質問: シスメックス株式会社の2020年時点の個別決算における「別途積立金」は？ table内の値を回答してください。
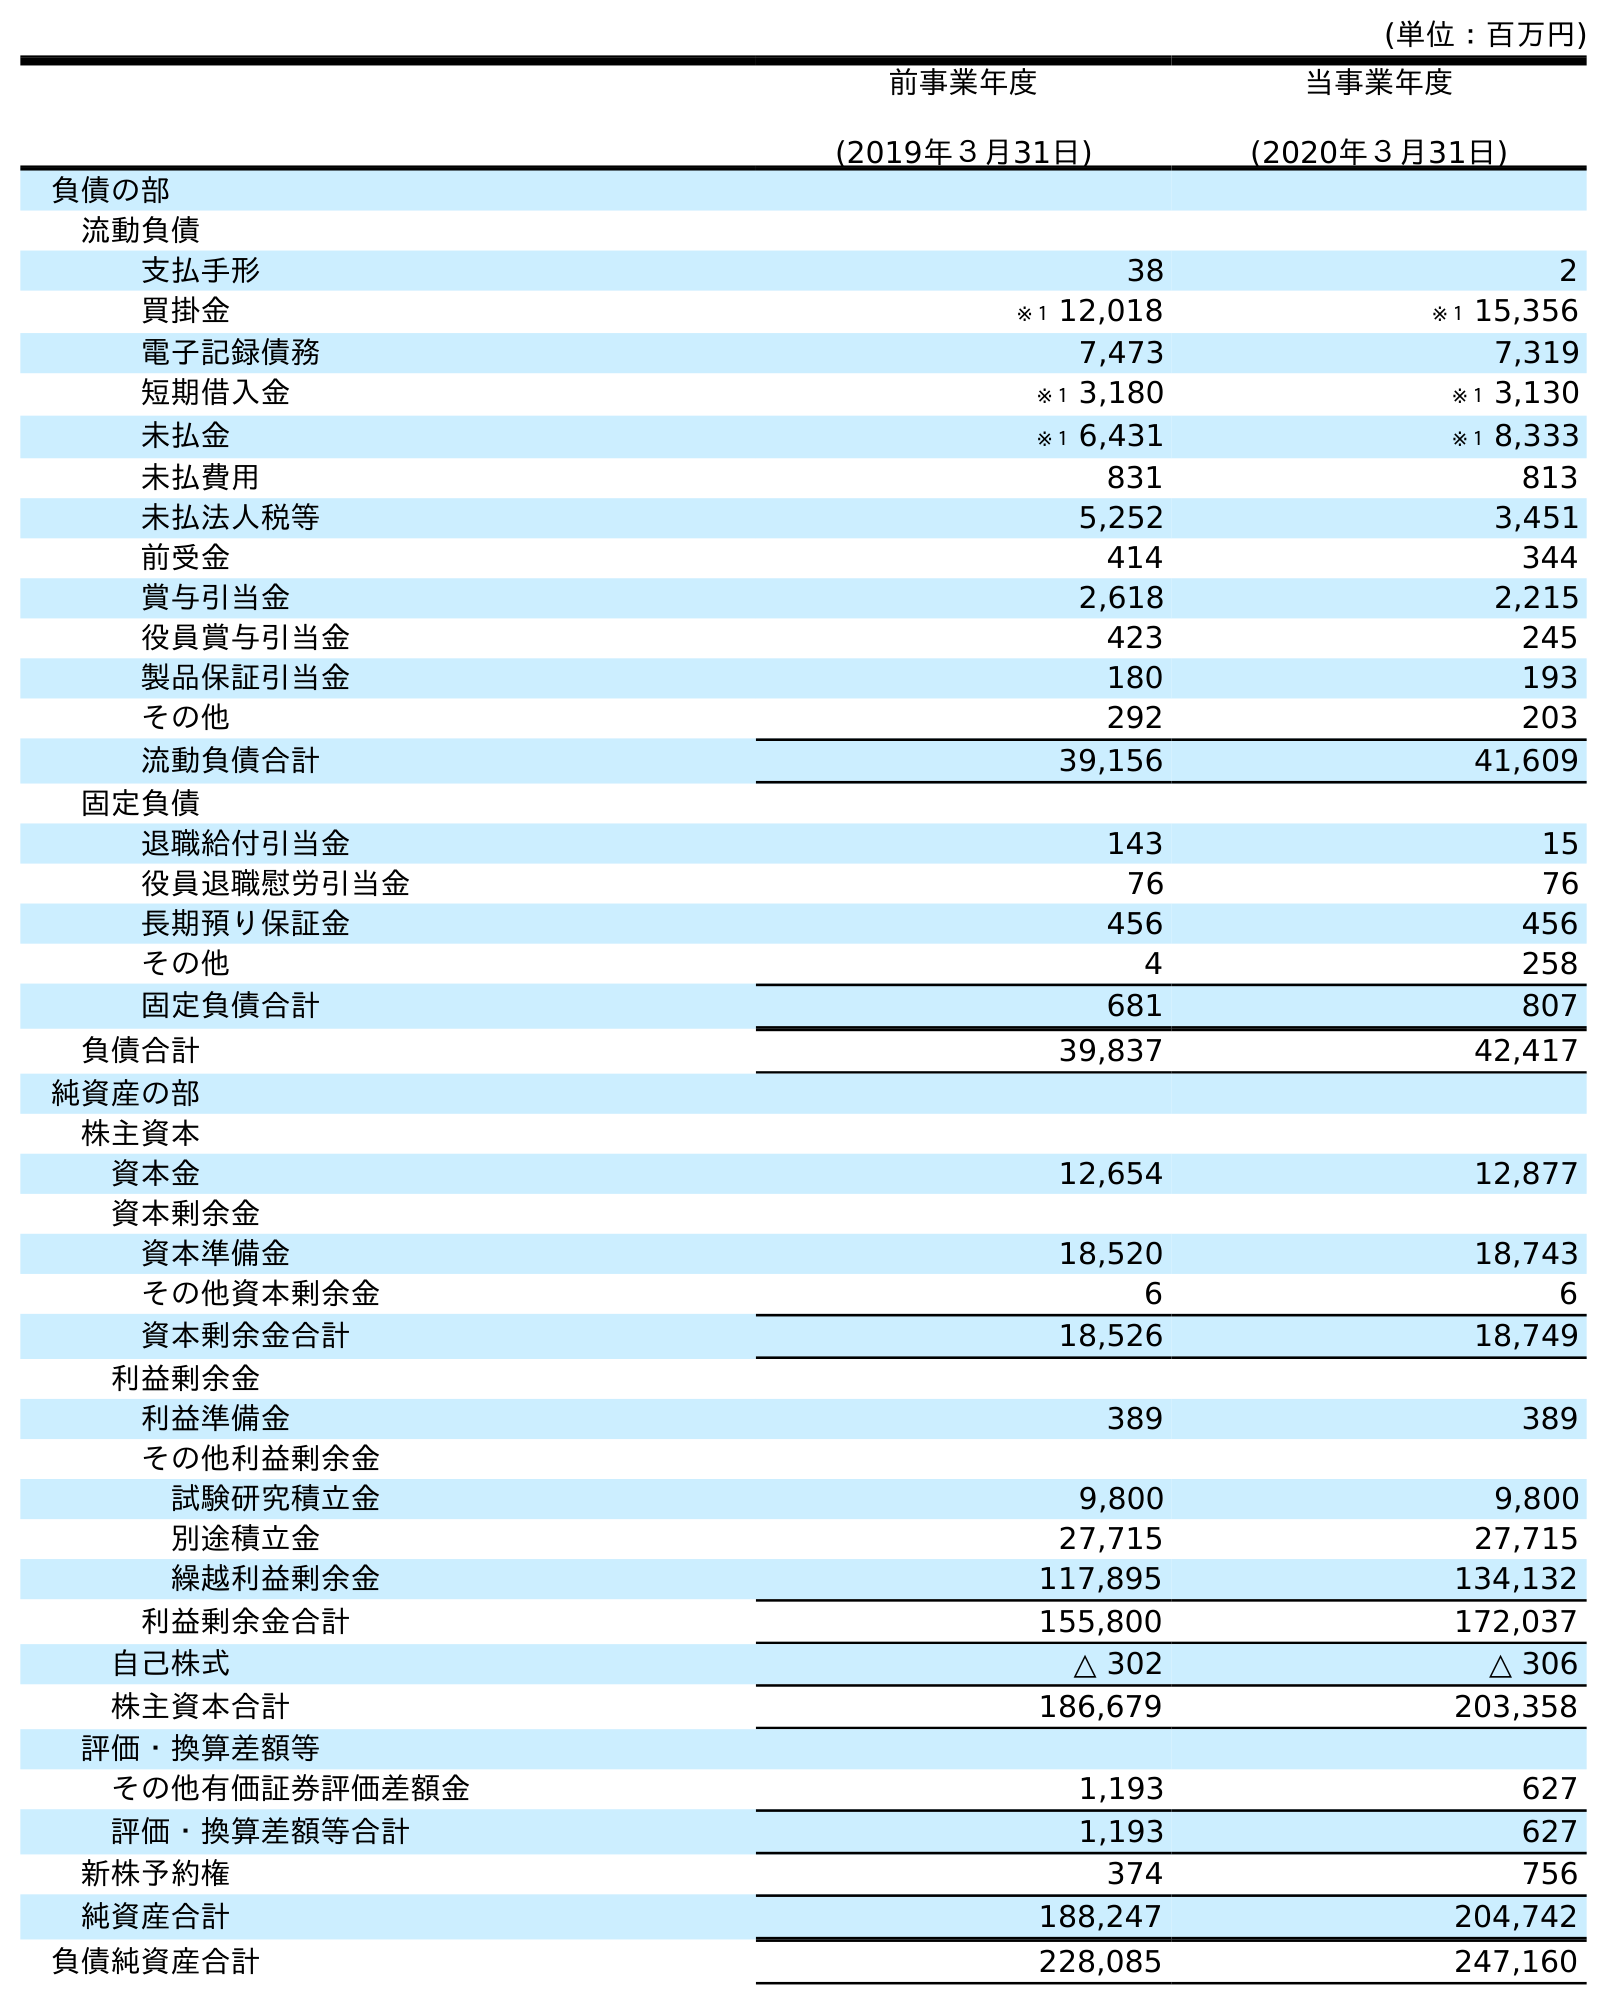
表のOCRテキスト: (単位：百万円) 前事業年度 (2019年３月31日) 当事業年度 (2020年３月31日) 負債の部 流動負債 支払手形 38 2 買掛金 ※１ 12,018 ※１ 15,356 電子記録債務 7,473 7,319 短期借入金 ※１ 3,180 ※１ 3,130 未払金 ※１ 6,431 ※１ 8,333 未払費用 831 813 未払法人税等 5,252 3,451 前受金 414 344 賞与引当金 2,618 2,215 役員賞与引当金 423 245 製品保証引当金 180 193 その他 292 203 流動負債合計 39,156 41,609 固定負債 退職給付引当金 143 15 役員退職慰労引当金 76 76 長期預り保証金 456 456 その他 4 258 固定負債合計 681 807 負債合計 39,837 42,417 純資産の部 株主資本 資本金 12,654 12,877 資本剰余金 資本準備金 18,520 18,743 その他資本剰余金 6 6 資本剰余金合計 18,526 18,749 利益剰余金 利益準備金 389 389 その他利益剰余金 試験研究積立金 9,800 9,800 別途積立金 27,715 27,715 繰越利益剰余金 117,895 134,132 利益剰余金合計 155,800 172,037 自己株式 △ 302 △ 306 株主資本合計 186,679 203,358 評価・換算差額等 その他有価証券評価差額金 1,193 627 評価・換算差額等合計 1,193 627 新株予約権 374 756 純資産合計 188,247 204,742 負債純資産合計 228,085 247,160
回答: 27,715